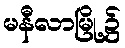
မနီလာမြို့၌